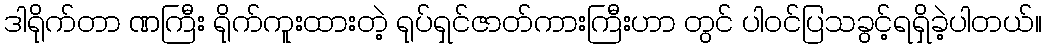
ဒါရိုက်တာ ဏကြီး ရိုက်ကူးထားတဲ့ ရုပ်ရှင်ဇာတ်ကားကြီးဟာ တွင် ပါ၀င်ပြသခွင့်ရရှိခဲ့ပါတယ်။